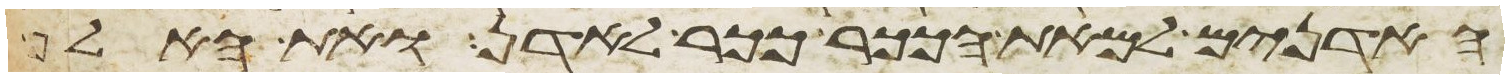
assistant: האדנים למאת הככר ככר לאדן ואת האלף